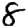
Digit: 8